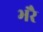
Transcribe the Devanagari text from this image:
भरै